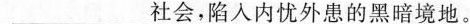
___社会，陷入内忧外患的黑暗境地。